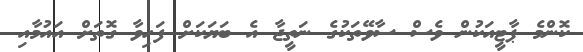
ކޮންމެ ޕާޓީއަކުން ވެސް ސާވޭތަކުގެ ނަތީޖާ އެ ބަޔަކަށް ފަހިވާ ގޮތަށް އައުމާއި